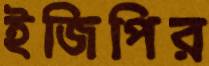
ইজিপির